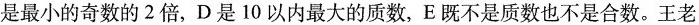
是最小的奇数的2倍，D是10以内最大的质数，E既不是质数也不是合数。王老